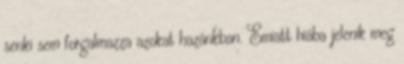
senki sem forgalmazza azokat hazánkban. Emiatt hiába jelenik meg